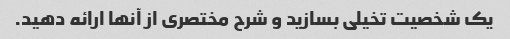
یک شخصیت تخیلی بسازید و شرح مختصری از آنها ارائه دهید.